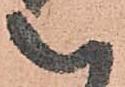
被